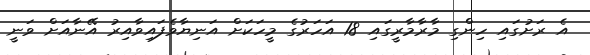
އެ ރަށުގައި ހިންގި މާރާމާރީގައި 18 އަހަރުގެ މީހަކަށް އަނިޔާވެފައިވާއިރު އޭނާއަށް ވަނީ